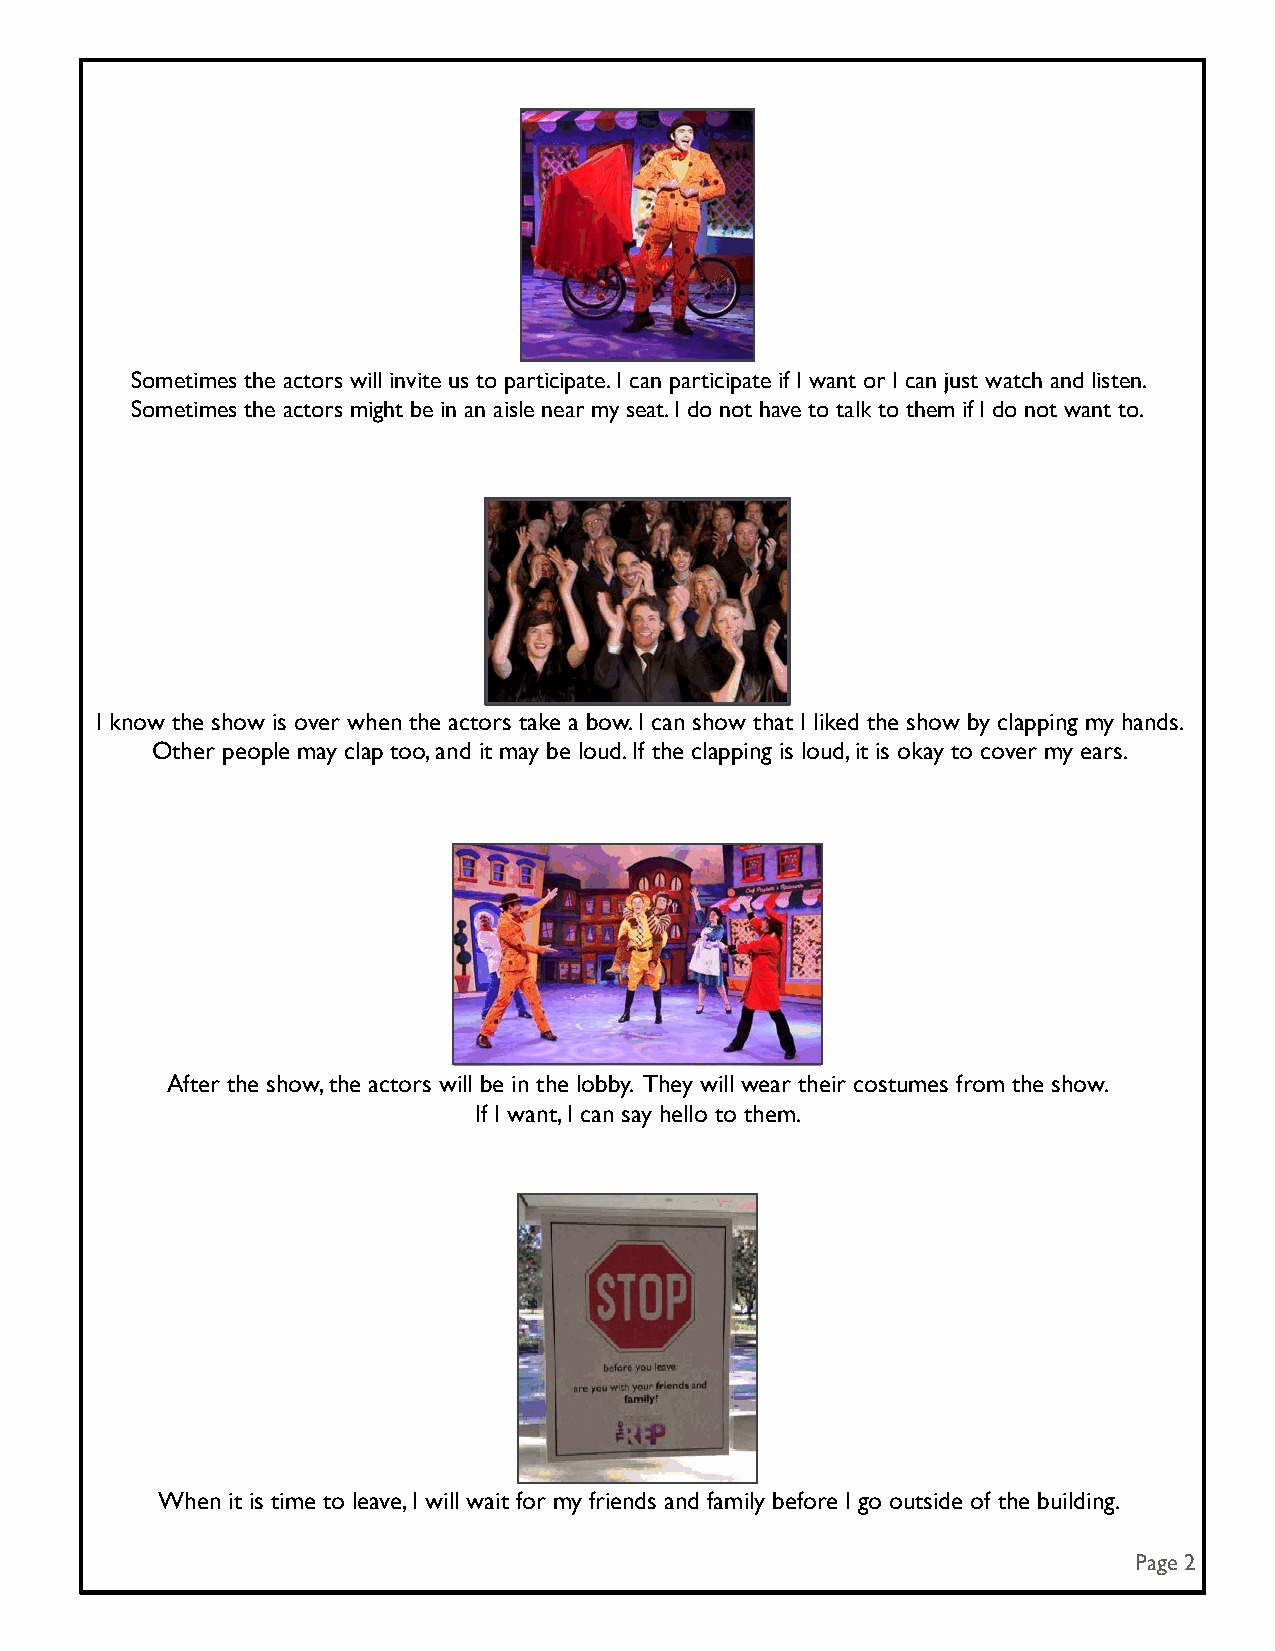
Sometimes the actors will invite us to participate. I can participate if I want or I can just watch and listen.
 Sometimes the actors might be in an aisle near my seat. I do not have to talk to them if I do not want to.
 I know the show is over when the actors take a bow. I can show that I liked the show by clapping my hands.
 Other people may clap too, and it may be loud. If the clapping is loud, it is okay to cover my ears.
 After the show, the actors will be in the lobby. They will wear their costumes from the show.
 If I want, I can say hello to them.
 When it is time to leave, I will wait for my friends and family before I go outside of the building.
 Page 2